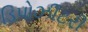
ડિપોઝીટરી